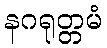
နဂရုတ္တမံ